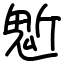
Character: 鬿